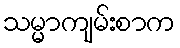
သမ္မာကျမ်းစာက